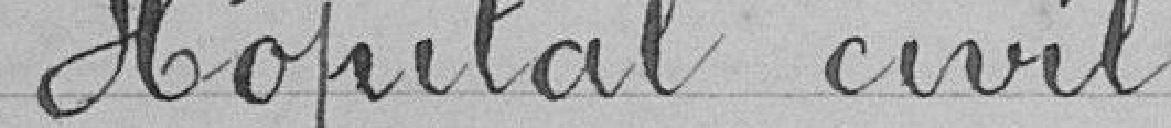
Hôpital civil